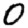
Digit: 0